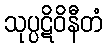
သုပ္ပဋိဝိနီတံ